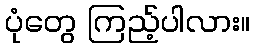
ပုံတွေ ကြည့်ပါလား။